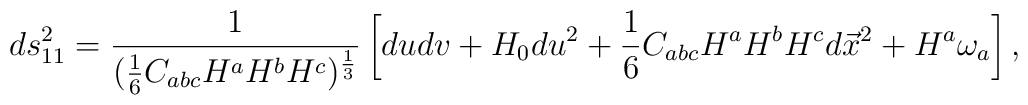
ds^2_{11}={1\over{({1\over 6}C_{abc}H^aH^bH^c)^{1\over 3}}}\left[dudv+H_0du^2+{1\over 6}C_{abc}H^aH^bH^cd\vec{x}^2+H^a\omega_a\right],